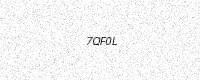
Text: 7QF0L